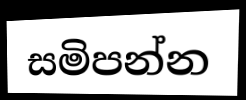
සමිපන්න